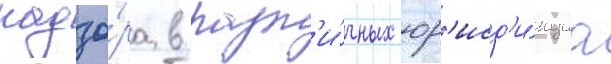
надзо́ра в разл'и́чных юр'исд'и́кциа